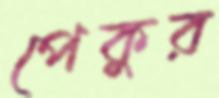
পেকুর